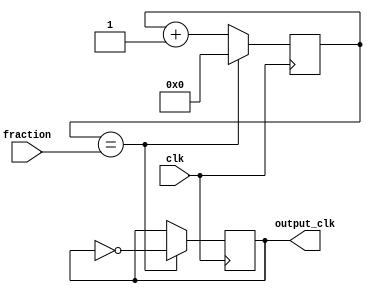
module fractional_clock_divider (
    input wire clk,
    input wire [7:0] fraction,
    output reg output_clk
);

reg [7:0] counter;

always @(posedge clk) begin
    counter <= counter + 1;
    if (counter == fraction) begin
        counter <= 0;
        output_clk <= ~output_clk;
    end
end

endmodule